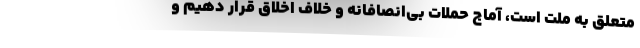
متعلق به ملت است، آماج حملات بی‌انصافانه و خلاف اخلاق قرار دهیم و